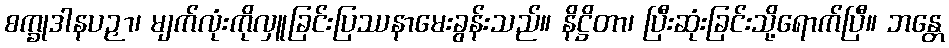
စက္ခုဒါနပဉှာ၊ မျက်လုံးကိုလှူခြင်းပြဿနာမေးခွန်းသည်။ နိဋ္ဌိတာ၊ ပြီးဆုံးခြင်းသို့ရောက်ပြီ။ ဘန္တေ